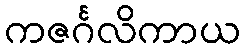
ကဇင်္ဂလိကာယ